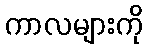
ကာလများကို